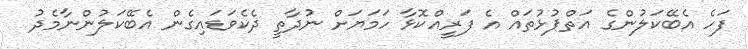
ފަހެ އެބޭކަލުންގެ އަތްޕުޅުތައް އެ ފަރީއްކޮޅާ ހަމަޔަށް ނުދާތީ ދެކެވަޑައިގެން އެބޭކަލުންނާމެދު